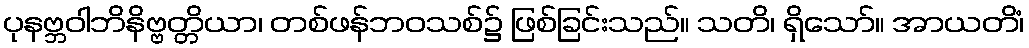
ပုနဗ္ဘဝါဘိနိဗ္ဗတ္တိယာ၊ တစ်ဖန်ဘဝသစ်၌ ဖြစ်ခြင်းသည်။ သတိ၊ ရှိသော်။ အာယတိံ၊